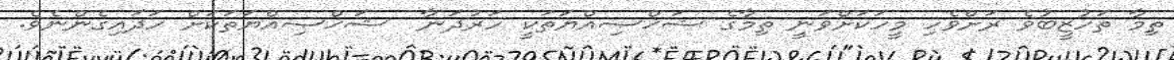
ތިމާ ތަހުޒީބުވެ ރަށްވެހި މީހަކަށްވަނީ ތިމާގެ ޝަޚްޞިއްޔަތަކީ ހަރުދަނާ  ޝަޚްޞިއްޔަތަކަށް ހަދައިގެންނެވެ.